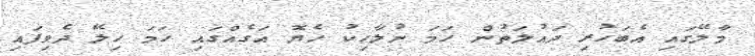
މާލޭގައި އެބަހުރި ދައުލަތުން ހަމަ ނުލާހިކު ހެޔޮ އަގެއްގައި ހަމަ ހިލޭ ދެވިފައި